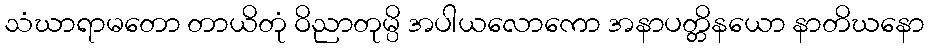
သံဃာရာမတော တာယိတုံ ဝိညာတုမ္ပိ အပါယလောကော အနာပတ္တိနယော နာတိဃနော